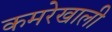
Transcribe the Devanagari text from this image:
कमरेखाली